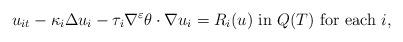
LaTeX: \begin{align*}u_{it} - \kappa_i \Delta u_{i} - \tau_i \nabla^{\varepsilon} \theta \cdot \nabla u_i = R_i(u) \mbox{ in } Q(T) \mbox{ for each } i, \end{align*}